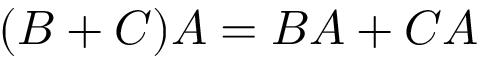
( B + C ) A = B A + C A